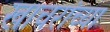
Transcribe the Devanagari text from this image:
खाचरांच्या